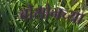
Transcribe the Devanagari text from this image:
बोसोनच्या